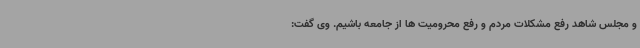
و مجلس شاهد رفع مشکلات مردم و رفع محرومیت ها از جامعه باشیم. وی گفت: